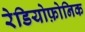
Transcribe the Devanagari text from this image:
रेडियोफ़ोनिक